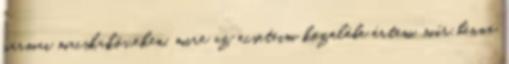
pármai macskaköveken, mire az ecseteim közelébe értem, már benne